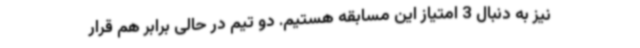
نیز به دنبال 3 امتیاز این مسابقه هستیم. دو تیم در حالی برابر هم قرار